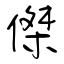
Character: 傑